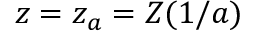
z = z _ { a } = Z ( 1 / a )